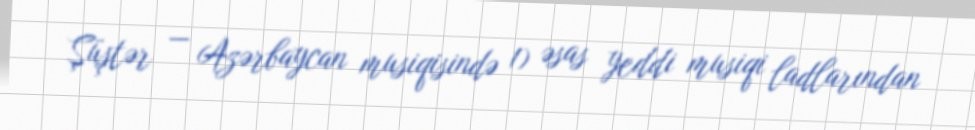
Şüştər — Azərbaycan musiqisində 1) əsas yeddi musiqi ladlarından